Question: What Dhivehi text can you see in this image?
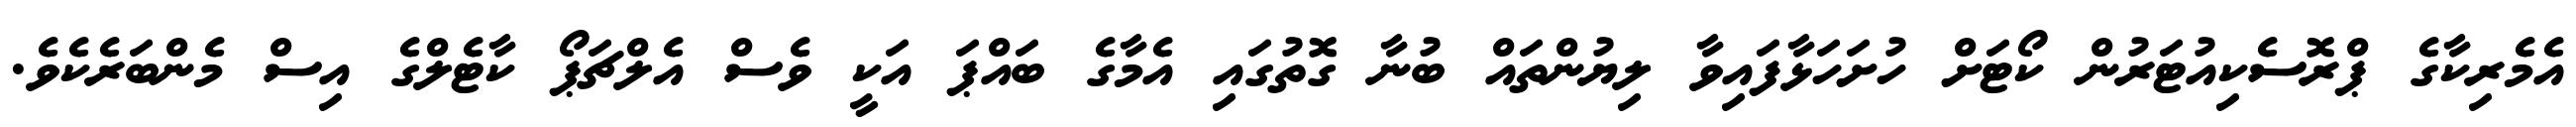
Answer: އެމެރިކާގެ ޕްރޮސެކިއުޓަރުން ކޯޓަށް ހުށަހަޅާފައިވާ ލިޔުންތައް ބުނާ ގޮތުގައި އެމާގެ ބައްޕަ އަކީ ވެސް އެލްޗަޕޯ ކާޓެލްގެ އިސް މެންބަރެކެވެ.